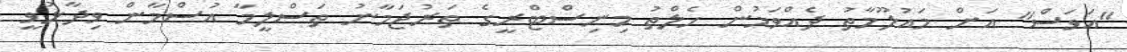
"އަވަސް" އަށް މައުލޫމާތު ދެއްވަމުން ހެލްތު މިނިސްޓްރީގެ ތަރުޖަމާނު ތަސްލީމާ އުސްމާން ވިދާޅުވީ